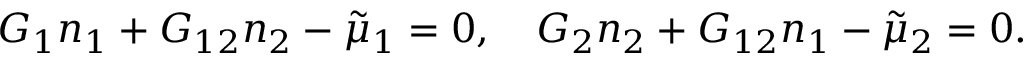
G _ { 1 } n _ { 1 } + G _ { 1 2 } n _ { 2 } - { \tilde { \mu } _ { 1 } } = 0 , \quad G _ { 2 } n _ { 2 } + G _ { 1 2 } n _ { 1 } - { \tilde { \mu } _ { 2 } } = 0 .